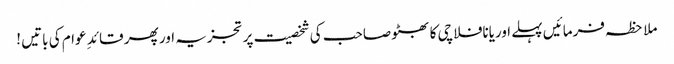
ملاحظہ فرمائیں پہلے اوریانافلاچی کا بھٹو صاحب کی شخصیت پر تجزیہ اور پھر قائد ِ عوام کی باتیں !